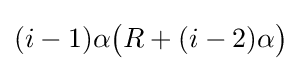
(i-1)\alpha {\bigl (}R+(i-2)\alpha {\bigr )}